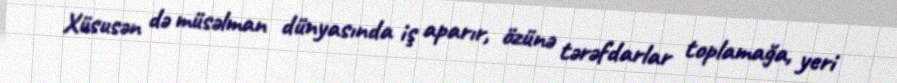
Xüsusən də müsəlman dünyasında iş aparır, özünə tərəfdarlar toplamağa, yeri